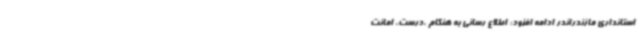
استانداری مازندراندر ادامه افزود: اطلاع رسانی به هنگام ،درست، امانت